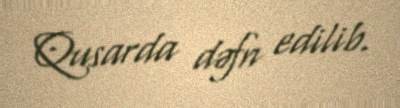
Qusarda dəfn edilib.